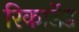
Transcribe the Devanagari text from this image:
रिकार्डेड